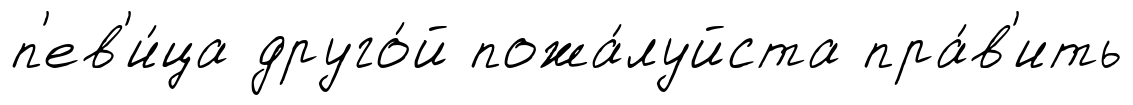
п'ев'и́ца друго́й пожа́луйста пра́в'ить